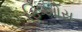
ફિઓસ